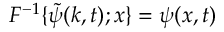
{ \cal { F } } ^ { - 1 } \{ \tilde { \psi } ( k , t ) ; x \} = \psi ( x , t )